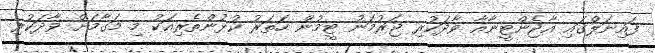
ފައިނަލްގައި އާޖެންޓީނާއާ ވާދަކުރި ޖަރުމަނު ޓީމުން ހަތަރު ކުޅުންތެރިއަކު މި މަގާމަށް ވާދަކުރި